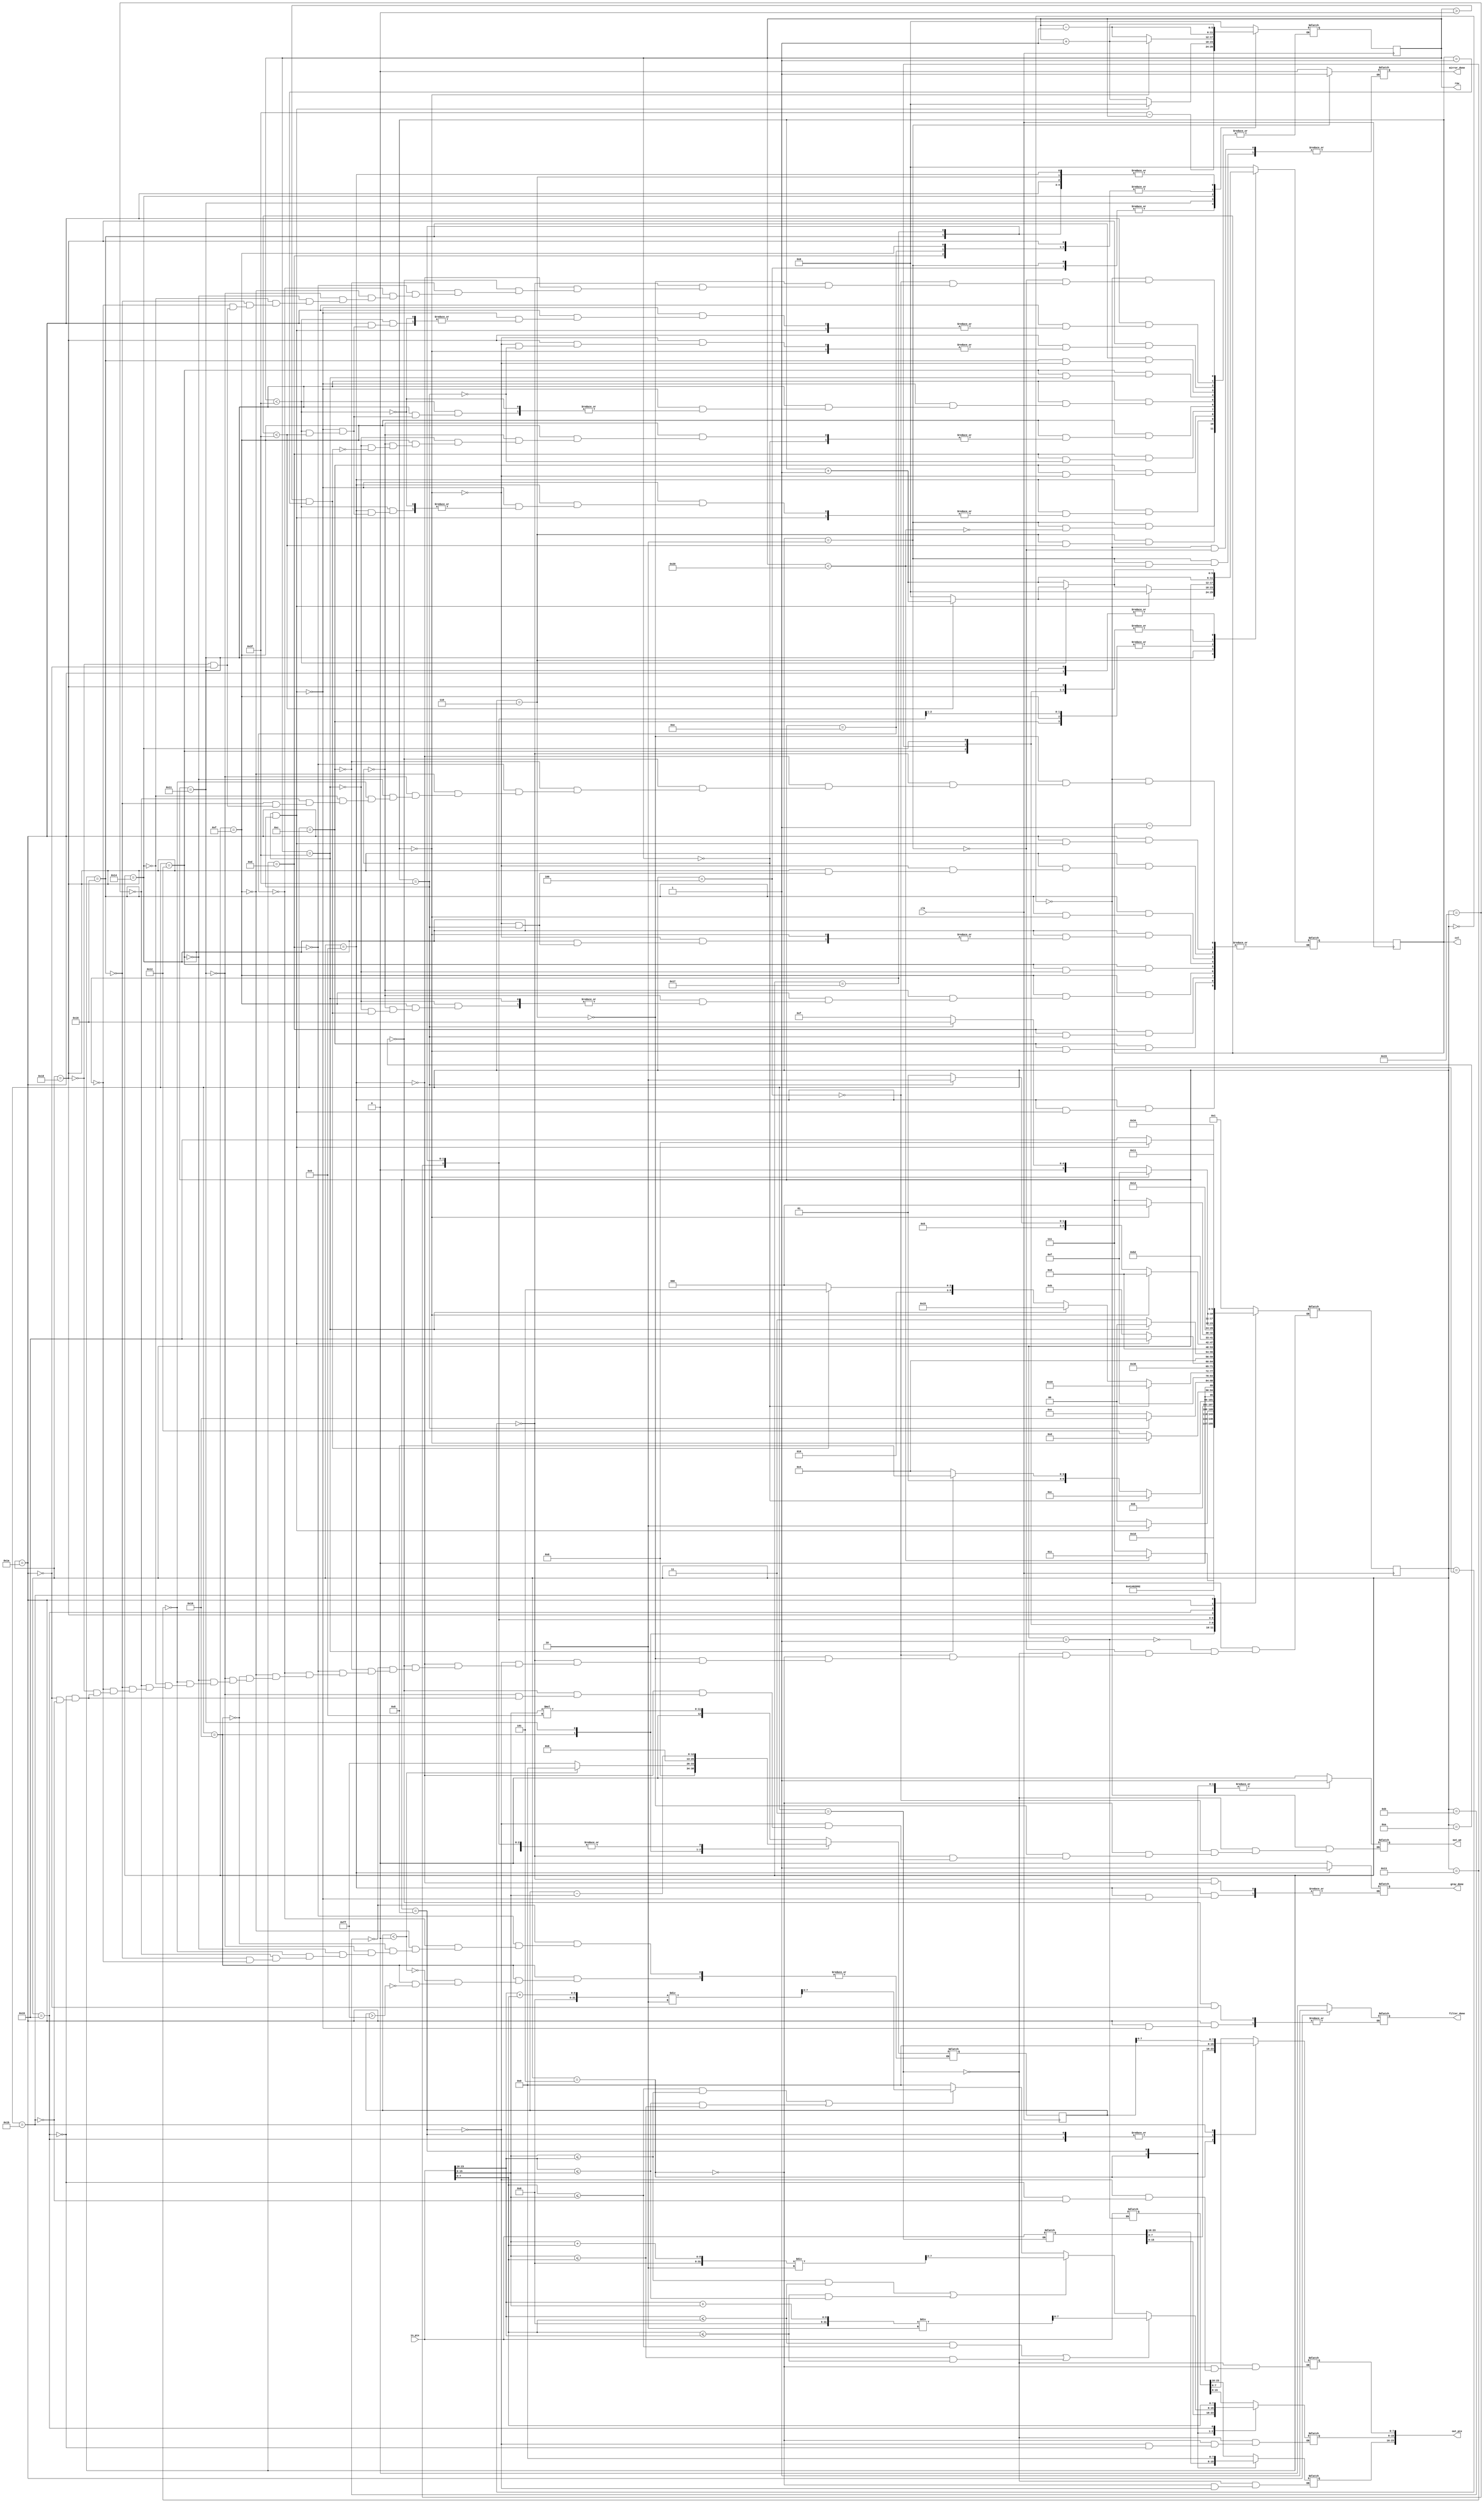
`timescale 1ns / 1ps

module process(
	input clk,				// clock 
	input [23:0] in_pix,	// valoarea pixelului de pe pozitia [in_row, in_col] din imaginea de intrare (R 23:16; G 15:8; B 7:0)
	output reg [5:0] row, col, 	// selecteaza un rand si o coloana din imagine
	output reg out_we, 			// activeaza scrierea pentru imaginea de iesire (write enable)
	output reg [23:0] out_pix,	// valoarea pixelului care va fi scrisa in imaginea de iesire pe pozitia [out_row, out_col] (R 23:16; G 15:8; B 7:0)
	output reg mirror_done,		// semnaleaza terminarea actiunii de oglindire (activ pe 1)
	output reg gray_done,		// semnaleaza terminarea actiunii de transformare in grayscale (activ pe 1)
	output reg filter_done);	// semnaleaza terminarea actiunii de aplicare a filtrului de sharpness (activ pe 1)

// TODO add your finite state machines here
reg [5:0] state, next_state = 0;
reg [5:0] next_row, next_col = 0;
reg [23:0] pixel_aux1, pixel_aux2 = 0; //in ele pastrez valorile pixelilor pentru oglindire
reg [7:0] r, g, b; //in ele extrag culorile din fiecare in_pix
reg [12:0] old_pix, new_pix = 0; //in ele calculez noul pixel la sharpen

`define MIRROR 0
`define GRAY 7
`define SHARP 10

//partea secventiala
	 always @(posedge clk) begin
		state <= next_state;
		col <= next_col;
		row <= next_row;
		old_pix <= new_pix;
	 end

//partea combinationala
	 always @(*) begin
			 case(state)
					 `MIRROR: begin //incep mirror cu initializarile sale
						next_row = 0;
						next_col = 0;
						mirror_done = 0;
						out_we = 0;
						next_state = `MIRROR + 1;
					 end
					 `MIRROR + 1: begin //selectez pixelul curent si il pastrez in variabila auxiliara 1
						pixel_aux1 = in_pix;
						next_state = `MIRROR + 2;
					 end
					 `MIRROR + 2: begin
						if(row < 32) begin //pentru pixelii din jumatatea superioara a matricei aleg oglinditul
							next_row = 63 - row;
							next_state = `MIRROR + 3;
						end
						else begin //daca am trecut de jumatate inseamna ca am terminat de aplicat mirror
							mirror_done = 1;
							next_state = `GRAY;
						end
					 end
					 `MIRROR + 3: begin //selectez pixelul curent si il pastrez in variabila auxiliara 2
						out_we = 1;
						pixel_aux2 = in_pix;
						out_pix = pixel_aux1; //pe cel din variabila auxiliara 1 il pun pe iesire
						next_state = `MIRROR + 4;
					 end
					 `MIRROR + 4: begin //ma intorc inapoi in pixelul din care am plecat
						out_we = 0;
						next_row = 63 - row;
						next_state = `MIRROR + 5;
					 end
					 `MIRROR + 5: begin //pun ce am in variabila auxiliara 2 pe iesire
						out_we = 1;
						out_pix = pixel_aux2;
						next_state = `MIRROR + 6;
					 end
					 `MIRROR + 6: begin //trec la urmatorul pixel si repet procedura
					   out_we = 0;
						if(col < 63) begin
							next_col = col + 1;
						end
						else begin
							next_row = row + 1;
							next_col = 0;
						end
						next_state = `MIRROR + 1;
					 end
					 `GRAY: begin //incep grayscale cu initializarile sale
						next_row = 0;
						next_col = 0;
						gray_done = 0;
						out_we = 0;
						next_state = `GRAY + 1;
					 end
					 `GRAY + 1: begin //aplic grayscale punand noua valoare in out_pix[15:8] (la jumatate)
						b = in_pix[7:0];
						g = in_pix[15:8];
						r = in_pix[23:16];
						out_pix = 0;
						if((b <= g && g <= r) || (r <= g && g <= b))
							out_pix[15:8] = (r + b)/2;
						if((g <= r && r <= b) || (b <= r && r <= g))
							out_pix[15:8] = (g + b)/2;
						if((r <= b && b <= g) || (g <= b && b <= r))
							out_pix[15:8] = (r + g)/2;
						out_we = 1;
						next_state = `GRAY + 2;
					 end
					 `GRAY + 2: begin //trec la urmatorul pixel si repet procedura
						out_we = 0;
						if(row == 63 && col == 63) begin
							gray_done = 1;
							next_state = 10;
						end
						else begin
							if (row < 63) begin
								if (col < 63) 
									next_col = col + 1;
								else begin
									next_row = row + 1;
									next_col = 0;
								end
							end
							else next_col = col + 1;
							next_state = `GRAY + 1;
						end
					end
					
/*

Fie o matrice 3x3 pentru care notam pozitiile elementelor de la 1 la 9 astfel:

1 2 3
4 5 6
7 8 9

Pixelul de pe pozitia 5 este cel pe care il prelucram la un moment de timp.
De exemplu, daca pixelul curent este pe pozitia (0,0) atunci vecinii lui vor fi pe pozitiile 8, 9 si 6.
Voi parcurge vecinii pixelului in sens trigonometric (3, 2, 1, 4, 7, 8, 9, 6)

*/
					
					`SHARP: begin //incep sharpness cu initializarile sale
						next_row = 0;
						next_col = 0;
						filter_done = 0;
						out_we = 0;
						next_state = `SHARP + 1;
					end
					`SHARP + 1: begin //prelucrez pixelul din mijloc si apoi verific pe ce linie ma aflu
						new_pix = in_pix[15:8] * 9;
						if(row == 0) next_state = `SHARP + 2;
						else if(row == 63) next_state = `SHARP + 14;
						else next_state = `SHARP + 10;
					end
					`SHARP + 2: begin //linia este 0 si verific pe ce coloana ma aflu
						if(col == 0) begin
							next_row = row + 1;
							next_state = `SHARP + 3; //ma duc pe pozitia 8
						end
						else begin
							next_col = col - 1; 
							next_state = `SHARP + 8; //ma duc pe pozitia 4
						end
					end
					`SHARP + 3: begin //ma aflu pe pozitia 8
						new_pix = old_pix - in_pix[15:8];
						if (col == 63) begin
							next_row = row - 1;
							next_state = `SHARP + 6; //ma duc pe pozitia 5 (ma intorc de unde am plecat)
						end
						else begin
							next_col = col + 1;
							next_state = `SHARP + 4; //ma duc pe pozitia 9
						end
					end
					`SHARP + 4: begin //ma aflu pe pozitia 9
						next_row = row - 1;
						new_pix = old_pix - in_pix[15:8];
						next_state = `SHARP + 5; //ma duc pe pozitia 6
					end
					`SHARP + 5: begin //ma aflu pe pozitia 6
						new_pix = old_pix - in_pix[15:8];
						if (row == 0) begin
							next_col = col - 1;
							next_state = `SHARP + 6; //ma duc pe pozitia 5 (ma intorc de unde am plecat)
						end
						else if (row == 63) begin
							next_row = row - 1; //ma duc pe pozitia 3
							next_state = `SHARP + 11;
						end
						else if (row > 0 && col == 1) begin
							next_row = row - 1; //ma duc pe pozitia 3
							next_state = `SHARP + 11;
						end
						else begin
							next_col = col - 1;
							next_state = `SHARP + 6; //ma duc pe pozitia 5 (ma intorc de unde am plecat)
						end
					end
					`SHARP + 6: begin //ma aflu pe pozitia 5 (revin de unde am plecat)
						if (old_pix > 255) new_pix = 255;
						if (old_pix < 0) new_pix = 0;
						next_state = `SHARP + 17;
					end
					`SHARP + 7: begin //trec la urmatorul pixel
						out_we = 0;
						new_pix = 0;
						if(row == 63 && col == 63) begin
							next_row = 0;
							next_col = 0;
							next_state = `SHARP + 15;
						end
						else begin
							if (row < 63) begin
								if (col < 63) 
									next_col = col + 1;
								else begin
									next_row = row + 1;
									next_col = 0;
								end
							end
							else next_col = col + 1;
							next_state = `SHARP + 1;
						end
					end
					`SHARP + 8: begin //ma aflu pe pozitia 4
						new_pix = old_pix - in_pix[15:8];
						if (row == 63) begin
							next_col = col + 1;
							next_state = `SHARP + 6; //ma duc in pe pozitia 5 (ma intorc de unde am plecat)
						end
						else begin
							next_row = row + 1;
							next_state = `SHARP + 9; //ma duc pe pozitia 7
						end
					end
					`SHARP + 9: begin //ma aflu pe pozitia 7
						next_col = col + 1; 
						new_pix = old_pix - in_pix[15:8];
						next_state = `SHARP + 3; //ma duc pe pozitia 8
					end
					`SHARP + 10: begin //linia este de mijloc si verific pe ce coloana ma aflu
						if(col == 0) begin
							next_row = row + 1;
							next_state = `SHARP + 3; //ma duc pe pozitia 8
						end
						else if(col == 63) begin
							next_row = row - 1;
							next_state = `SHARP + 12; //ma duc pe pozitia 2
						end
						else begin
							next_row = row - 1; 
							next_col = col + 1;
							next_state = `SHARP + 11; //ma duc pe pozitia 3
						end
					end
					`SHARP + 11: begin //ma aflu pe pozitia 3
						next_col = col - 1;
						new_pix = old_pix - in_pix[15:8];
						next_state = `SHARP + 12; //ma duc pe pozitia 2
					end
					`SHARP + 12: begin //ma aflu pe pozitia 2
						new_pix = old_pix - in_pix[15:8];
						if (col == 0) begin
							next_row = row + 1;
							next_state = `SHARP + 6; //ma duc pe pozitia 5 (ma intorc de unde am plecat)
						end
						else begin
							next_col = col - 1;
							next_state = `SHARP + 13; //ma duc pe pozitia 1
						end
					end
					`SHARP + 13: begin //ma aflu pe pozitia 1
						next_row = row + 1;
						new_pix = old_pix - in_pix[15:8];
						next_state = `SHARP + 8; //ma duc pe pozitia 4
					end
					`SHARP + 14: begin //linia este 63 si verific pe ce coloana ma aflu
						if(col == 0) begin
							next_col = col + 1;
							next_state = `SHARP + 5; //ma duc pe pozitia 6
						end
						else if(col == 63) begin
							next_row = row - 1;
							next_state = `SHARP + 12; //ma duc pe pozitia 2
						end
						else begin
							next_col = col + 1;
							next_state = `SHARP + 5; //ma duc pe pozitia 6
						end
					end
					`SHARP + 15: begin //las doar partea filtrata in pixel si o mut pe mijloc
						out_pix[15:8] = in_pix[7:0];
						out_pix[7:0] = 0;
						next_state = `SHARP + 16;
						out_we = 1;
					end
					`SHARP + 16: begin //trec la urmatorul pixel
						out_we = 0;
						if(row == 63 && col == 63) begin
							filter_done = 1;
							next_state = 0;
						end
						else begin
							if (row < 63) begin
								if (col < 63) 
									next_col = col + 1;
								else begin
									next_row = row + 1;
									next_col = 0;
								end
							end
							else next_col = col + 1;
							next_state = `SHARP + 15;
						end
					end
					`SHARP + 17: begin //pun pixelul pe iesire dupa ce am verificat daca e numar pozitiv pe 8 biti
						out_pix[7:0] = old_pix;
						out_we = 1;
						next_state = `SHARP + 7;
					end
			 endcase
	 end
	 
endmodule